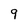
Character: 9